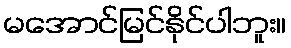
မအောင်မြင်နိုင်ပါဘူး။